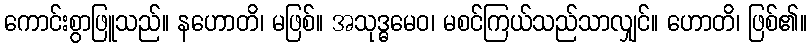
ကောင်းစွာဖြူသည်။ နဟောတိ၊ မဖြစ်။ အသုဒ္ဓမေဝ၊ မစင်ကြယ်သည်သာလျှင်။ ဟောတိ၊ ဖြစ်၏။